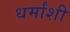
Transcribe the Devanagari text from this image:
धर्मांशी